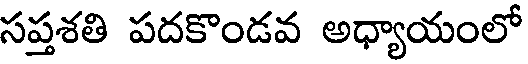
సప్తశతి పదకొండవ అధ్యాయంలో